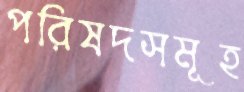
পরিষদসমূহ